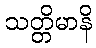
သတ္တိမာနိ